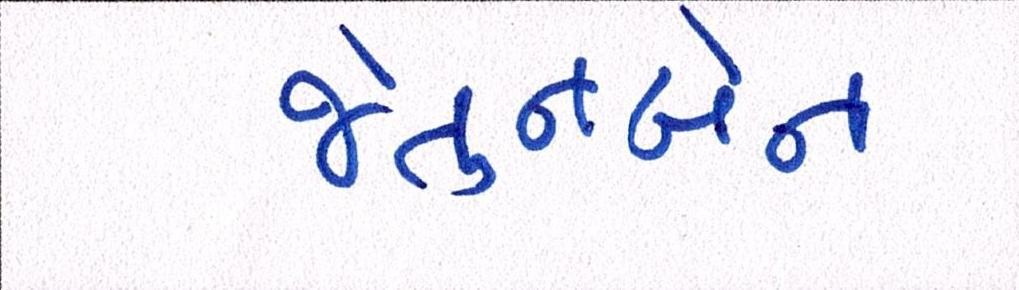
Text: જેતુનબેન